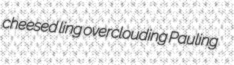
cheesed ling overclouding Pauling